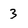
Character: 3